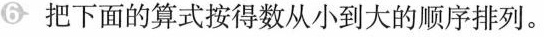
6 把下面的算式按得数从小到大的顺序排列。